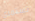
تستمري